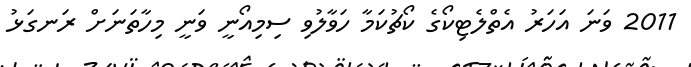
2011 ވަނަ އަހަރު އެތްލެޓިކޯގެ ކޯޗުކަމާ ހަވާލުވި ސިމިއޯނީ ވަނީ މިހާތަނަށް ރަނގަޅު